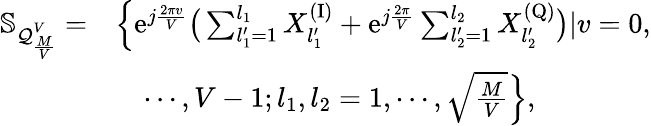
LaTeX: \begin{array}{rl}{\mathbb{S}_{\mathcal{Q}_{\frac{M}{V}}^{V}}=}&{\Big\{ \mathrm{e}^{j\frac{2\pi v}{V}}\big(\sum_{l_{1}^{\prime}=1}^{l_{1}}X_{l_{1}^{\prime}}^{\mathrm{(I)}}+\mathrm{e}^{j\frac{2\pi}{V}}\sum_{l_{2}^{\prime}=1}^{l_{2}}X_{l_{2}^{\prime}}^{\mathrm{(Q)}}\big)|v=0,}\\ &{\quad\cdots,V-1;l_{1},l_{2}=1,\cdots,\sqrt{\frac{M}{V}}\Big\} ,}\end{array}